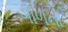
ગોળનો